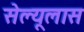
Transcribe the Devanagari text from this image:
सेल्यूलास